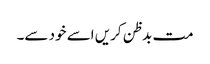
مت بدظن کریں اسے خود سے۔